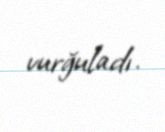
vurğuladı.